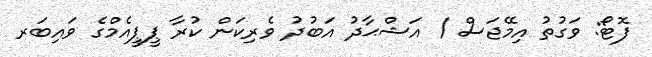
ފޮޓޯ: ވަގުތު އިމޭޖަސް / އަޝްޙާދު އަބުދު ވެރިކަން ކުރާ ޕީޕީއެމްގެ ވައިބަރ